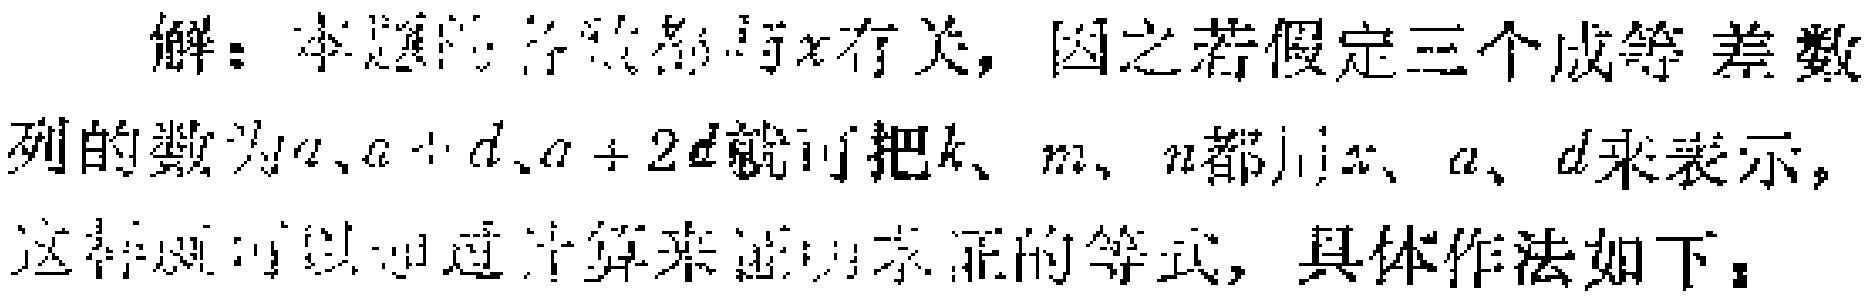
解：本题的各数都与\(x\)有关，因之若假定三个成等差数列的数为\(a\)、\(a + d\)、\(a + 2d\)就可把\(k\)、\(m\)、\(n\)都用\(x\)、\(a\)、\(d\)来表示，这样就可以通过计算来证明求证的等式，具体作法如下：